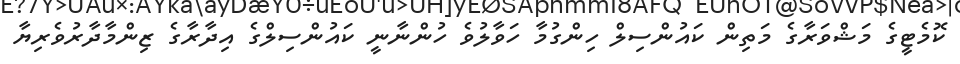
ކޮމެޓީގެ މަޝްވަރާގެ މަތިން ކައުންސިލް ހިންގުމާ ހަވާލުވެ ހުންނާނީ ކައުންސިލްގެ އިދާރާގެ ޒިންމާދާރުވެރިޔާ